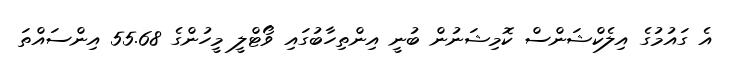
އެ ގައުމުގެ އިލެކްޝަންސް ކޮމިޝަނުން ބުނީ އިންތިހާބުގައި ވޯޓްލީ މީހުންގެ 55.68 އިންސައްތަ